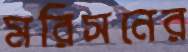
মরিসনের